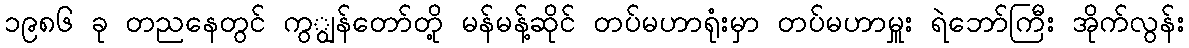
၁၉၈၆ ခု တညနေတွင် ကွျွန်တော်တို့ မန်မန့်ဆိုင် တပ်မဟာရုံးမှာ တပ်မဟာမှူး ရဲဘော်ကြီး အိုက်လွန်း